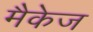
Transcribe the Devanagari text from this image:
मैकेज